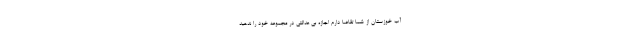
آب خوزستان از شما تقاضا دارم اجازه بی عدالتی در مجموعه خود را ندهید